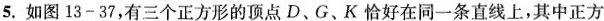
5. 如图13-37，有三个正方形的顶点D、G、K恰好在同一条直线上，其中正方